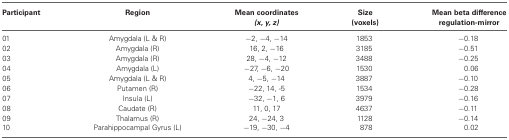
<table><thead><tr><td><b>Participant</b></td><td><b>Region</b></td><td><b>Mean coordinates <i>(x, y, z)</i></b></td><td><b>Size (voxels)</b></td><td><b>Mean beta difference regulation-mirror</b></td></tr></thead><tbody><tr><td>01</td><td>Amygdala (L &amp; R)</td><td>−2, −4, −14</td><td>1853</td><td>−0.18</td></tr><tr><td>02</td><td>Amygdala (R)</td><td>16, 2, −16</td><td>3185</td><td>−0.51</td></tr><tr><td>03</td><td>Amygdala (R)</td><td>28, −4, −12</td><td>3488</td><td>−0.25</td></tr><tr><td>04</td><td>Amygdala (L)</td><td>−27, −6, −20</td><td>1530</td><td>0.06</td></tr><tr><td>05</td><td>Amygdala (L &amp; R)</td><td>4, −5, −14</td><td>3887</td><td>−0.10</td></tr><tr><td>06</td><td>Putamen (R)</td><td>−22, 14, -5</td><td>1534</td><td>−0.28</td></tr><tr><td>07</td><td>Insula (L)</td><td>−32, −1, 6</td><td>3979</td><td>−0.16</td></tr><tr><td>08</td><td>Caudate (R)</td><td>11, 0, 17</td><td>4637</td><td>−0.11</td></tr><tr><td>09</td><td>Thalamus (R)</td><td>24, −24, 3</td><td>1128</td><td>−0.14</td></tr><tr><td>10</td><td>Parahippocampal Gyrus (L)</td><td>−19, −30, −4</td><td>878</td><td>0.02</td></tr></tbody></table>